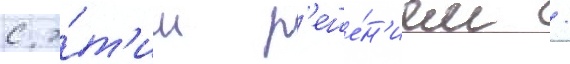
с э́т'им р'еше́н'ием /